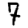
Digit: 7